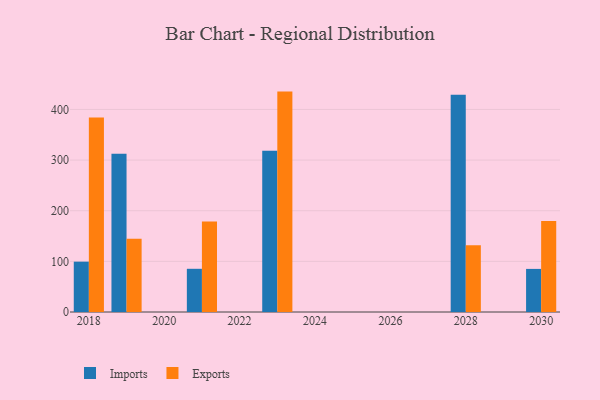
{"axis": {"x": "Year", "y": "Net Income (USD K)"}, "legend": ["Exports", "Imports"], "data": [{"x": "2028", "y": 429.0, "type": "Imports"}, {"x": "2028", "y": 131.8, "type": "Exports"}, {"x": "2021", "y": 85.3, "type": "Imports"}, {"x": "2021", "y": 178.9, "type": "Exports"}, {"x": "2023", "y": 318.4, "type": "Imports"}, {"x": "2023", "y": 435.2, "type": "Exports"}, {"x": "2018", "y": 99.4, "type": "Imports"}, {"x": "2018", "y": 384.3, "type": "Exports"}, {"x": "2019", "y": 312.5, "type": "Imports"}, {"x": "2019", "y": 144.8, "type": "Exports"}, {"x": "2030", "y": 85.1, "type": "Imports"}, {"x": "2030", "y": 179.9, "type": "Exports"}]}